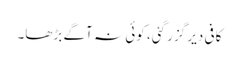
کافی دیر گزر گئی، کوئی نہ آگے بڑھا۔